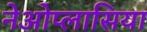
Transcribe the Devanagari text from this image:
नेओप्लासिया